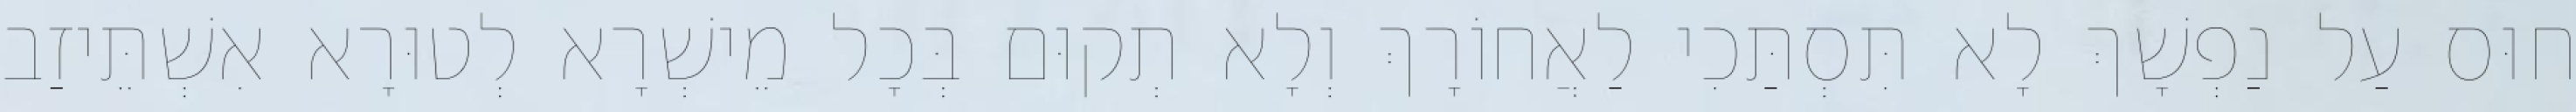
חוּס עַל נַפְשָׁךְ לָא תִּסְתַּכִי לַאֲחוֹרָךְ וְלָא תְקוּם בְּכָל מֵישְׁרָא לְטוּרָא אִשְׁתֵּיזַב